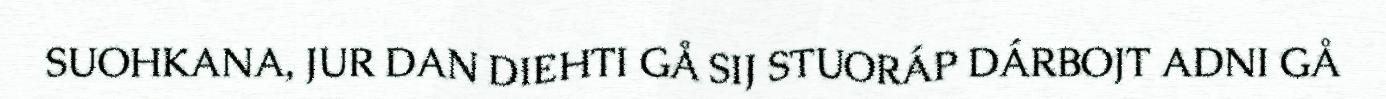
SUOHKANA, JUR DAN DIEHTI GÅ SIJ STUORÁP DÁRBOJT ADNI GÅ